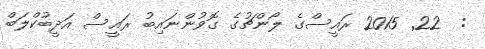
:  22